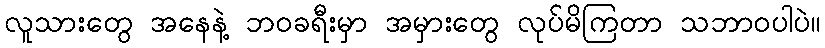
လူသားတွေ အနေနဲ့ ဘဝခရီးမှာ အမှားတွေ လုပ်မိကြတာ သဘာဝပါပဲ။